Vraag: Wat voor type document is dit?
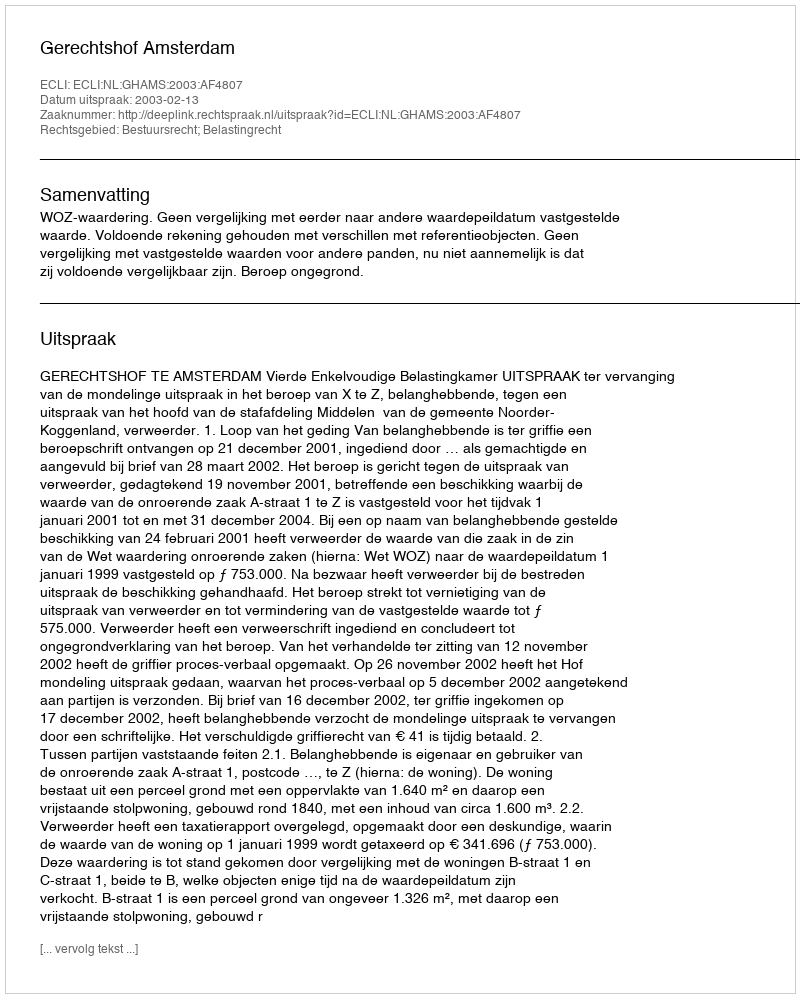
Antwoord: Uitspraak